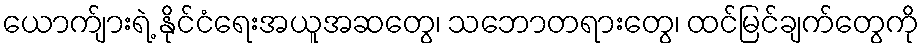
ယောက်ျားရဲ့ နိုင်ငံရေးအယူအဆတွေ၊ သဘောတရားတွေ၊ ထင်မြင်ချက်တွေကို